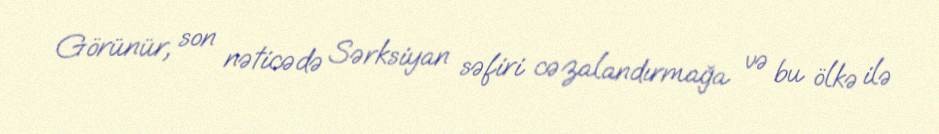
Görünür, son nəticədə Sərksiyan səfiri cəzalandırmağa və bu ölkə ilə